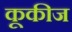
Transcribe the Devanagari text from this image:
कूकीज